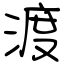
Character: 渡